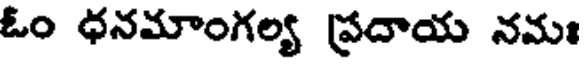
ఓం ధనమాంగల్య ప్రదాయ నమః